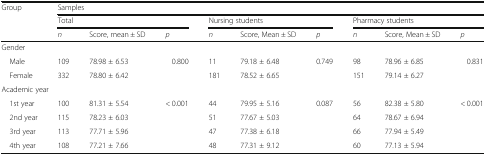
<table><thead><tr><td rowspan="3"><b>Group</b></td><td colspan="9"><b>Samples</b></td></tr><tr><td colspan="3"><b>Total</b></td><td colspan="3"><b>Nursing students</b></td><td colspan="3"><b>Pharmacy students</b></td></tr><tr><td><b><i>n</i></b></td><td><b>Score, mean ± SD</b></td><td><b><i>p</i></b></td><td><b><i>n</i></b></td><td><b>Score, Mean ± SD</b></td><td><b><i>p</i></b></td><td><b><i>n</i></b></td><td><b>Score, Mean ± SD</b></td><td><b><i>p</i></b></td></tr></thead><tbody><tr><td colspan="10">Gender</td></tr><tr><td> Male</td><td>109</td><td>78.98 ± 6.53</td><td>0.800</td><td>11</td><td>79.18 ± 6.48</td><td>0.749</td><td>98</td><td>78.96 ± 6.85</td><td>0.831</td></tr><tr><td> Female</td><td>332</td><td>78.80 ± 6.42</td><td></td><td>181</td><td>78.52 ± 6.65</td><td></td><td>151</td><td>79.14 ± 6.27</td><td></td></tr><tr><td colspan="10">Academic year</td></tr><tr><td> 1st year</td><td>100</td><td>81.31 ± 5.54</td><td rowspan="4">&lt; 0.001</td><td>44</td><td>79.95 ± 5.16</td><td rowspan="4">0.087</td><td>56</td><td>82.38 ± 5.80</td><td rowspan="4">&lt; 0.001</td></tr><tr><td> 2nd year</td><td>115</td><td>78.23 ± 6.03</td><td>51</td><td>77.67 ± 5.03</td><td>64</td><td>78.67 ± 6.94</td></tr><tr><td> 3rd year</td><td>113</td><td>77.71 ± 5.96</td><td>47</td><td>77.38 ± 6.18</td><td>66</td><td>77.94 ± 5.49</td></tr><tr><td> 4th year</td><td>108</td><td>77.21 ± 7.66</td><td>48</td><td>77.31 ± 9.12</td><td>60</td><td>77.13 ± 5.94</td></tr></tbody></table>